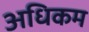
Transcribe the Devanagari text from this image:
अधिकम